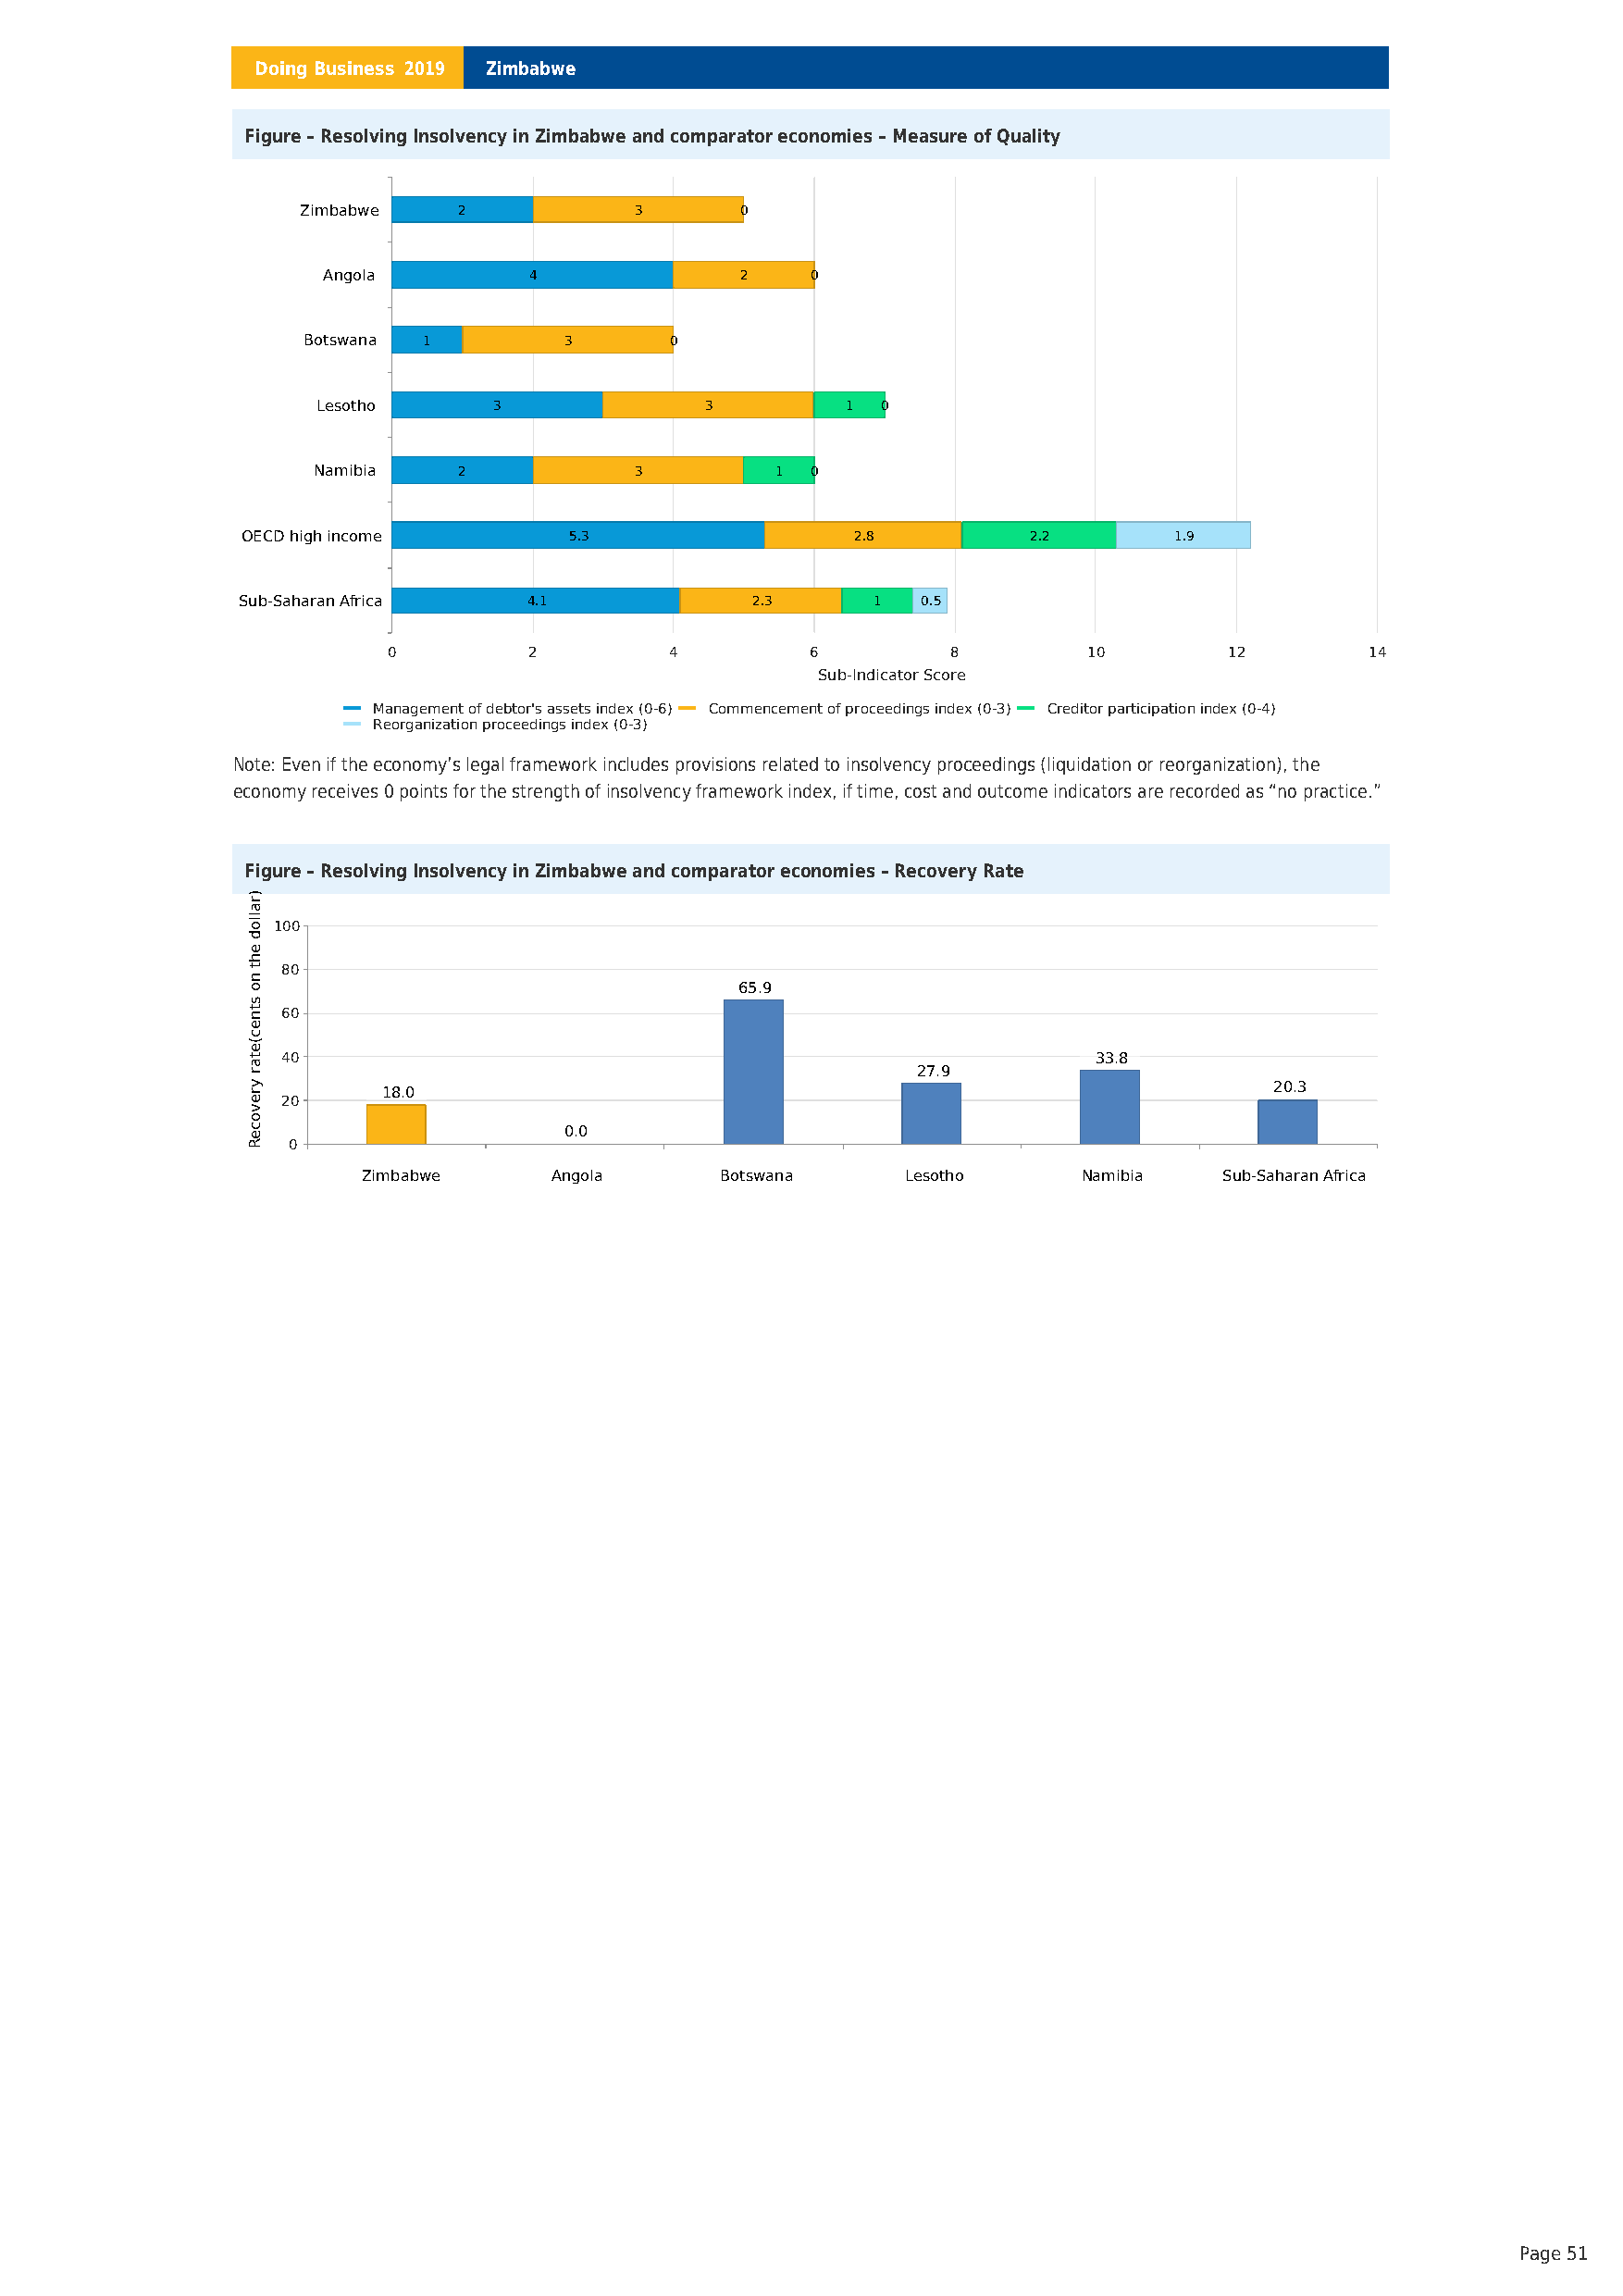
Doing Business 2019 Zimbabwe
 Figure – Resolving Insolvency in Zimbabwe and comparator economies – Measure of Quality
 Zimbabwe    2           3       00
 Angola         4              2    00
 Botswana 1        3       00
 Lesotho     3              3         1  0
 Namibia    2           3         1  0
 OECD high income        5.3                 2.8          2.2       1.9
 Sub-Saharan Africa   4.1             2.3      1  0.5
 0         2         4         6         8         10        12        14
 Sub-Indicator Score
 Management of debtor's assets index (0-6) Commencement of proceedings index (0-3) Creditor participation index (0-4)
 Reorganization proceedings index (0-3)
 Note: Even if the economy’s legal framework includes provisions related to insolvency proceedings (liquidation or reorganization), the
 economy receives 0 points for the strength of insolvency framework index, if time, cost and outcome indicators are recorded as “no practice.”
 Figure – Resolving Insolvency in Zimbabwe and comparator economies – Recovery Rate
 100
 80
 65.9
 60
 40                                                        33.8
 27.9
 18.0                                                            20.3
 20
 0.0
 0
 Zimbabwe     Angola       Botswana     Lesotho     Namibia   Sub-Saharan Africa
 Page 51
 )rallod
 eht
 no
 stnec(etar
 yrevoceR